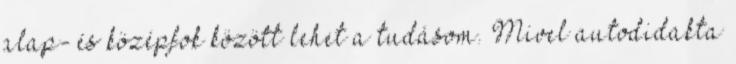
alap- és középfok között lehet a tudásom. Mivel autodidakta